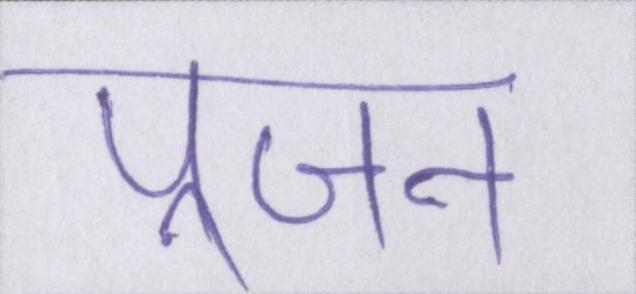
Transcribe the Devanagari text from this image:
पूजन